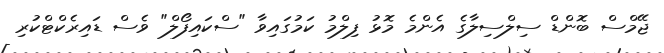
ޖޭމްސް ބޮންޑް ސިލްސިލާގެ އެންމެ މޮޅު ފިލްމު ކަމުގައިވާ "ސްކައިފޯލް" ވެސް ޑައިރެކްޓްކުރި